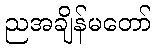
ညအချိန်မတော်